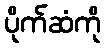
ပိုက်ဆံကို